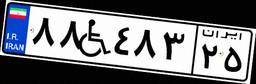
۸۸W۴۸۳۲۵